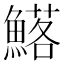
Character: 𮬉